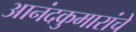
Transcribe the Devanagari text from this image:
आनंदकुमारांचे